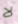
لا